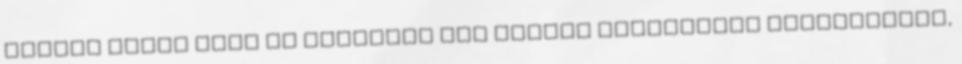
adatai három órán át ellenáll tűz esetén egyszerűen átvakolható,